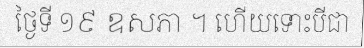
ថ្ងៃទី ១៩ ឧសភា ។ ហើយទោះបីជា